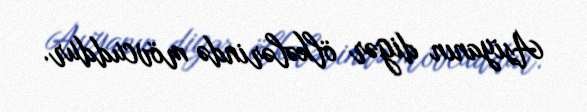
Asiyanın digər ölkələrində mövcuddur.